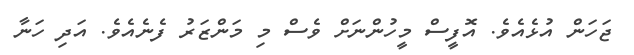
ޖަހަން އުޅެއެވެ. އޮފީސް މީހުންނަށް ވެސް މި މަންޒަރު ފެނެއެވެ. އަދި ހަނާ